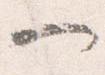
一